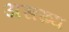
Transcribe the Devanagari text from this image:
असख्य